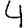
Digit: 4